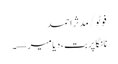
فوٹو/ مدثر احمد
نانگا پربت، دیامیر—۔